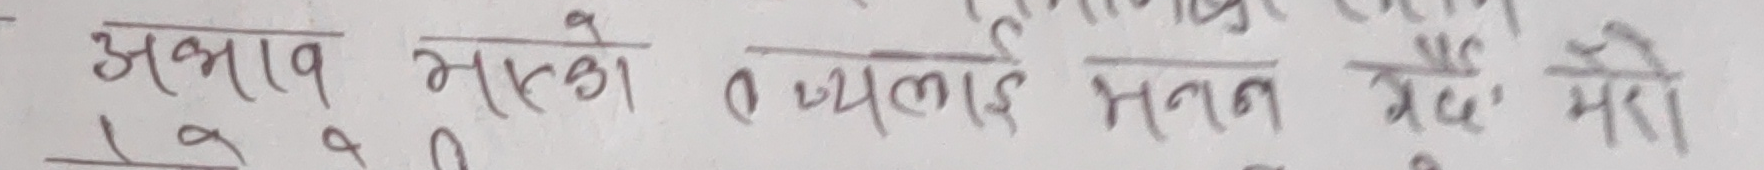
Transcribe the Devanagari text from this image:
अभाव भएको तथ्यलाई मनन रैछ मेरो